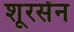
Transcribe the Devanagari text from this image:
शूरसेंन